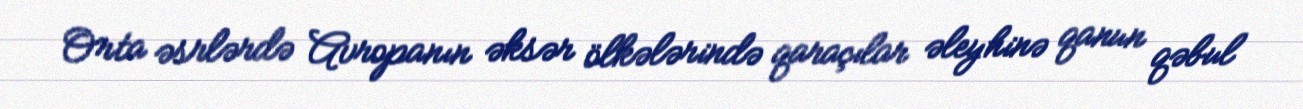
Orta əsrlərdə Avropanın əksər ölkələrində qaraçılar əleyhinə qanun qəbul